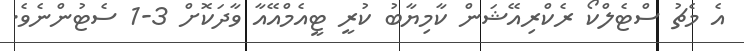
އެ މެޗު ސްޓެލްކޯ ރެކްރިއޭޝަން ކާމިޔާބު ކުރީ ޓީއެމްއޭއާ ވާދަކޮށް 3-1 ސެޓުންނެވެ.